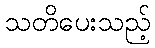
သတိပေးသည့်